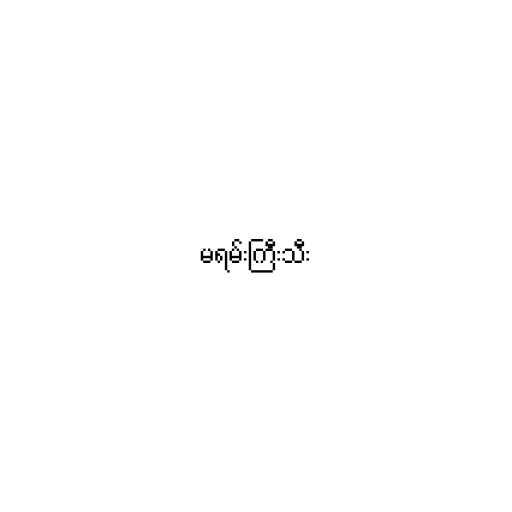
မရမ်းကြီးသီး